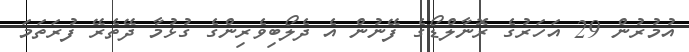
އުމުރުން 29 އަހަރުގެ ރޮނާލްޑޯގެ ފޭނުން އެ ދެލޯބިވެރިންގެ ގުޅުމާ ދޭތެރޭ ފުރަތަމަ